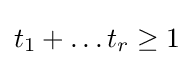
t_{1}+\dots t_{r}\geq 1